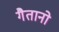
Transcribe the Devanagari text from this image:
गैतानो